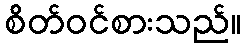
စိတ်ဝင်စားသည်။